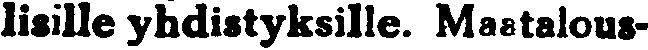
lisille yhdistyksille. Maatalous-